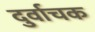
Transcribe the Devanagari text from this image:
दुर्वाचक